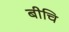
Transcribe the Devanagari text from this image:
बीचि